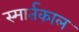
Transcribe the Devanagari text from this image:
स्मार्तकाल